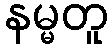
နမ္မတူ